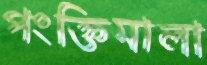
পংক্তিমালা